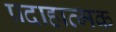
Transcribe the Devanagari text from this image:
प्रदाहात्मक